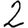
Digit: 2